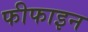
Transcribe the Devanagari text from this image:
फीफाइन